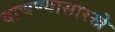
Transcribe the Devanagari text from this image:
वाचण्यासारखे